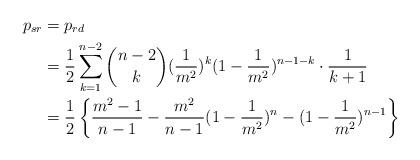
LaTeX: \begin{align*}p_{sr} & =p_{rd} \\ & =\frac{1}{2}\sum_{k=1}^{n-2}{\binom{n-2}{k} (\frac{1}{m^2})^k (1-\frac{1}{m^2})^{n-1-k} \cdot \frac{1}{k+1}} \\ & =\frac{1}{2}\left \{ \frac{m^2-1}{n-1}-\frac{m^2}{n-1} (1-\frac{1}{m^2})^n-(1-\frac{1}{m^2})^{n-1} \right \} \end{align*}